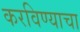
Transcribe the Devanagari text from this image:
करविण्याचा